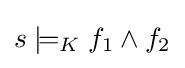
s\models _{K}f_{1}\land f_{2}